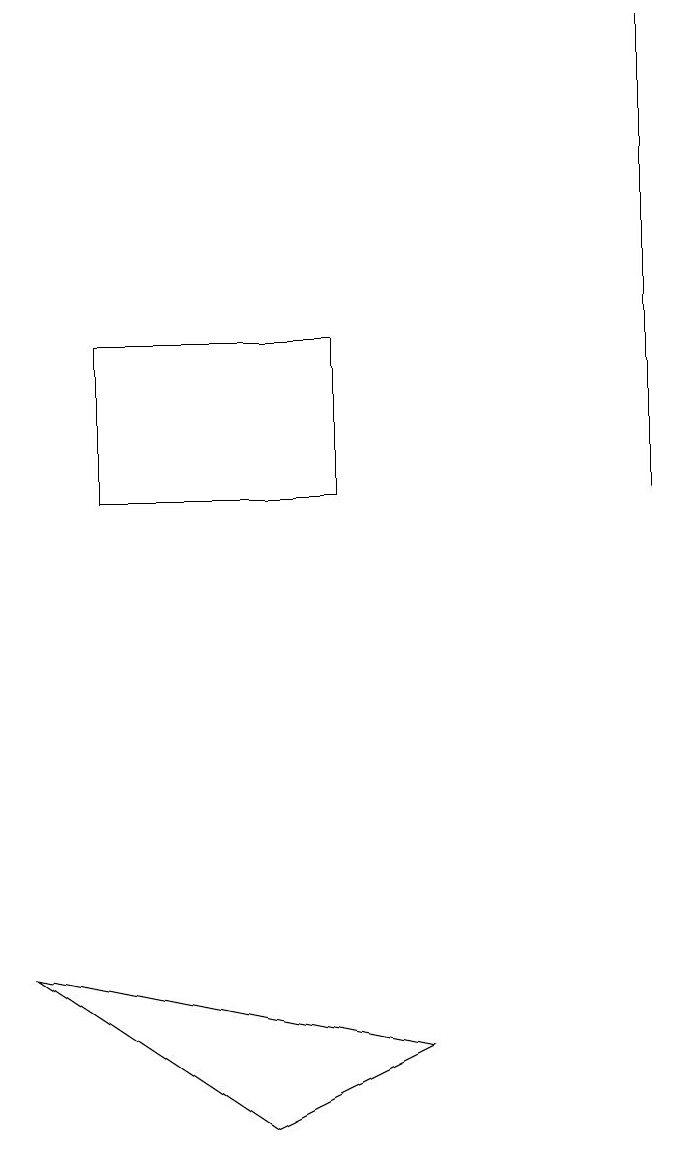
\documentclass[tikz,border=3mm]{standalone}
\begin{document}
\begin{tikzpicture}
\draw (8,11) rectangle (8,17);
\draw (0,5) -- (3,3) -- (5,4) -- cycle;
\draw (4,13) rectangle (1,11);
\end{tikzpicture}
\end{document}